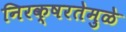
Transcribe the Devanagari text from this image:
निरक्षरतेमुळे